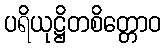
ပရိယုဋ္ဌိတစိတ္တောဝ